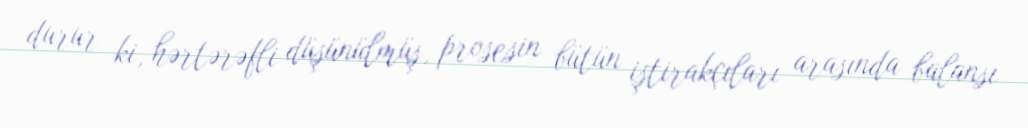
durur ki, hərtərəfli düşünülmüş, prosesin bütün iştirakçıları arasında balansı